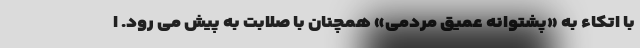
با اتکاء به «پشتوانه عمیق مردمی» همچنان با صلابت به پیش می رود. ا